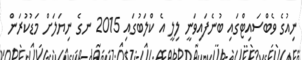
ނިއުގެ ވެބްސައިޓްގައި ބުނެފައިވަނީ ލިލީ އެ ކްލަބުގައި 2015 ނގެ ނިޔަލަށް މަޑުކުރަން